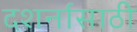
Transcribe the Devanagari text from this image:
दशर्नासाठी